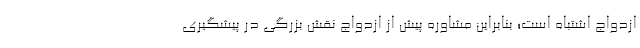
ازدواج اشتباه است؛ بنابراین مشاوره پیش از ازدواج نقش بزرگی در پیشگیری